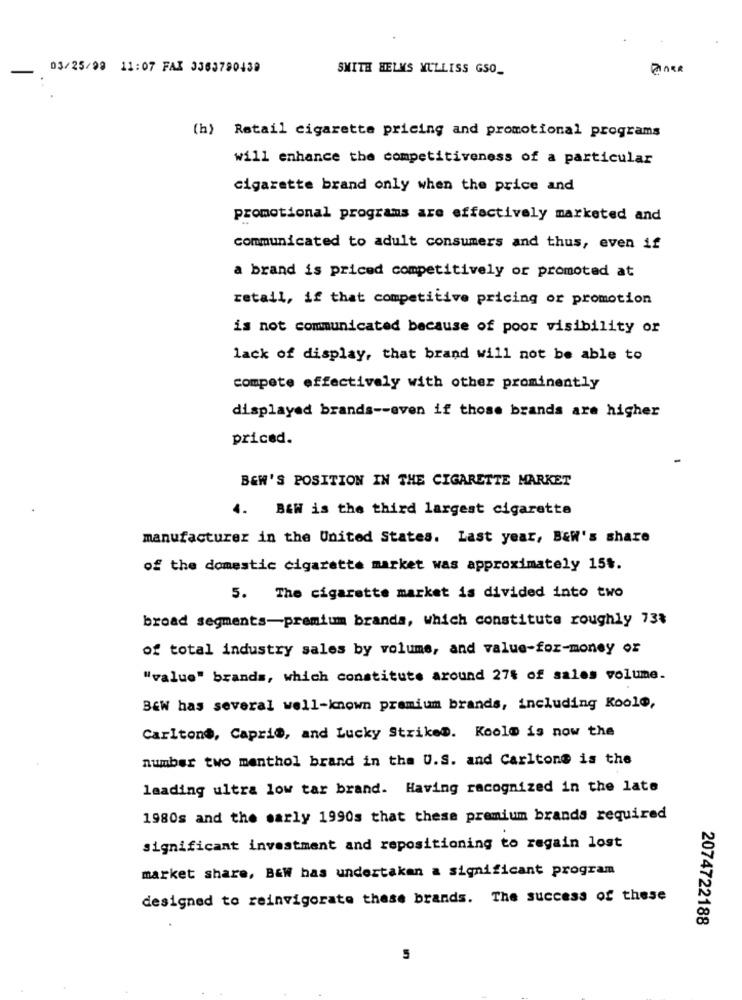
03/25/98 11:07 FAX 3363790438
SMITH HELMS YULLISS GSO_
(h) Retail cigarette pricing and promotional programs
will enhance the competitiveness of a particular
cigarette brand only when the price and
promotional programs are effectively marketed and
communicated to adult consumers and thus, even if
a brand is priced competitively or promoted at
retail, if that competitive pricing or promotion
is not communicated because of poor visibility or
lack of display, that brand will not be able to
compete effectively with other prominently
displayed brands -- even if those brands are higher
priced.
BEW'S POSITION IN THE CIGARETTE MARKET
4.
B&W is the third largest cigarette
manufacturer in the United States. Last year, B&W's share
of the domestic cigarette market was approximately 15$.
5. The cigarette market is divided into two
broad segments-premium brands, which constitute roughly 73%
of total industry sales by volume, and value-for-money or
"value" brands, which constitute around 27% of sales volume.
BEW has several well-known premium brands, including Kool@,
Carltone, Caprio, and Lucky StrikeD. Kool@ is now the
number two menthol brand in the U.S. and Carltone is the
leading ultra low tar brand. Having recognized in the late
1980s and the early 1990s that these premium brands required
significant investment and repositioning to regain lost
market share, B&W has undertaken a significant program
designed to reinvigorate these brands. The success of these
2074722188
5